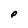
Character: P